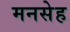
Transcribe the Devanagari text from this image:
मनसेह